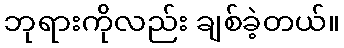
ဘုရားကိုလည်း ချစ်ခဲ့တယ်။